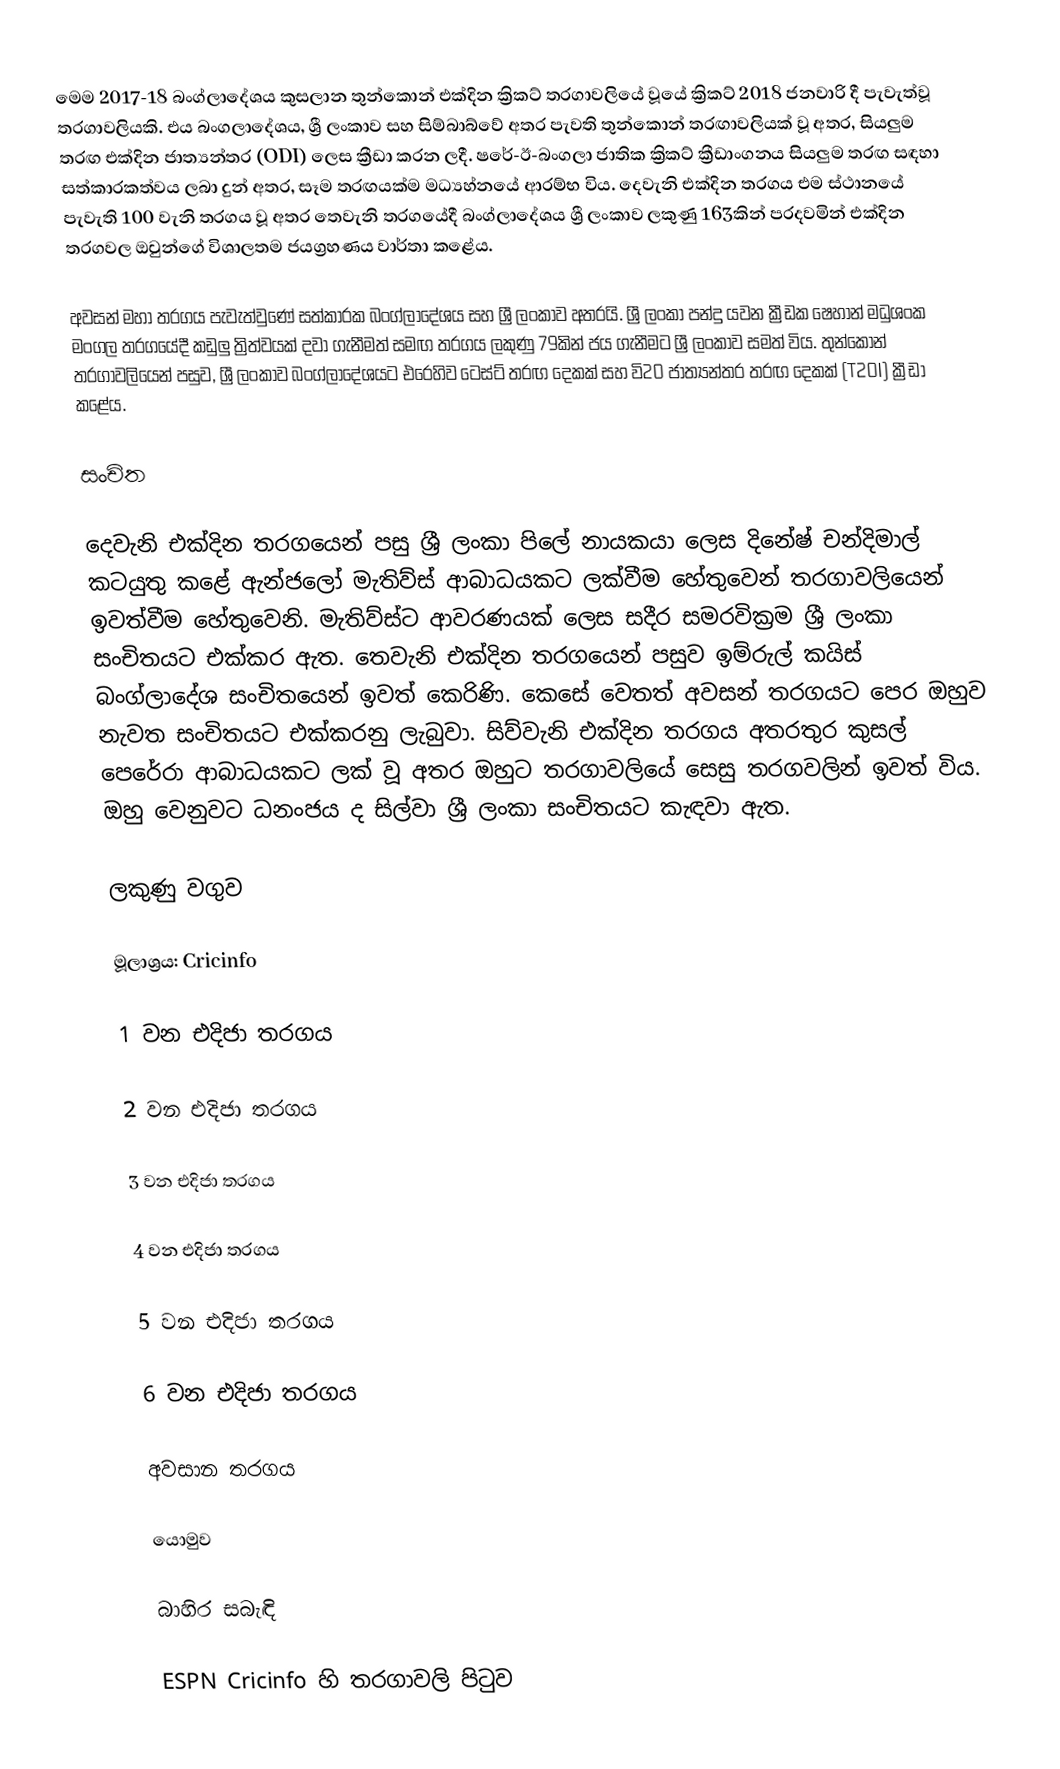
මෙම 2017-18 බංග්ලාදේශය කුසලාන තුන්කොන් එක්දින ක්‍රිකට් තරගාවලියේ වූයේ ක්‍රිකට් 2018 ජනවාරි දී පැවැත්වූ තරගාවලියකි. එය බංගලාදේශය, ශ්‍රී ලංකාව සහ සිම්බාබ්වේ අතර පැවති තුන්කොන් තරඟාවලියක් වූ අතර, සියලුම තරඟ එක්දින ජාත්‍යන්තර (ODI) ලෙස ක්‍රීඩා කරන ලදී. ෂරේ-ඊ-බංගලා ජාතික ක්‍රිකට් ක්‍රීඩාංගනය සියලුම තරඟ සඳහා සත්කාරකත්වය ලබා දුන් අතර, සෑම තරඟයක්ම මධ්‍යහ්නයේ ආරම්භ විය. දෙවැනි එක්දින තරගය එම ස්ථානයේ පැවැති 100 වැනි තරගය වූ අතර තෙවැනි තරගයේදී බංග්ලාදේශය ශ්‍රී ලංකාව ලකුණු 163කින් පරදවමින් එක්දින තරගවල ඔවුන්ගේ විශාලතම ජයග්‍රහණය වාර්තා කළේය.

අවසන් මහා තරගය පැවැත්වුණේ සත්කාරක බංග්ලාදේශය සහ ශ්‍රී ලංකාව අතරයි. ශ්‍රී ලංකා පන්දු යවන ක්‍රීඩක ෂෙහාන් මධුශංක මංගල තරගයේදී කඩුලු ත්‍රිත්වයක් දවා ගැනීමත් සමඟ තරගය ලකුණු 79කින් ජය ගැනීමට ශ්‍රී ලංකාව සමත් විය. තුන්කොන් තරගාවලියෙන් පසුව, ශ්‍රී ලංකාව බංග්ලාදේශයට එරෙහිව ටෙස්ට් තරඟ දෙකක් සහ වි20 ජාත්‍යන්තර තරඟ දෙකක් (T20I) ක්‍රීඩා කළේය.

සංචිත

දෙවැනි එක්දින තරගයෙන් පසු ශ්‍රී ලංකා පිලේ නායකයා ලෙස දිනේෂ් චන්දිමාල් කටයුතු කළේ ඇන්ජලෝ මැතිව්ස් ආබාධයකට ලක්වීම හේතුවෙන් තරගාවලියෙන් ඉවත්වීම හේතුවෙනි. මැතිව්ස්ට ආවරණයක් ලෙස සදීර සමරවික්‍රම ශ්‍රී ලංකා සංචිතයට එක්කර ඇත. තෙවැනි එක්දින තරගයෙන් පසුව ඉම්රුල් කයිස් බංග්ලාදේශ සංචිතයෙන් ඉවත් කෙරිණි. කෙසේ වෙතත් අවසන් තරගයට පෙර ඔහුව නැවත සංචිතයට එක්කරනු ලැබුවා. සිව්වැනි එක්දින තරගය අතරතුර කුසල් පෙරේරා ආබාධයකට ලක් වූ අතර ඔහුට තරගාවලියේ සෙසු තරගවලින් ඉවත් විය. ඔහු වෙනුවට ධනංජය ද සිල්වා ශ්‍රී ලංකා සංචිතයට කැඳවා ඇත.

ලකුණු වගුව

 මූලාශ්‍රය: Cricinfo

1 වන එදිජා තරගය

2 වන එදිජා තරගය

3 වන එදිජා තරගය

4 වන එදිජා තරගය

5 වන එදිජා තරගය

6 වන එදිජා තරගය

අවසාන තරගය

යොමුව

බාහිර සබැඳි

 ESPN Cricinfo හි තරගාවලි පිටුව